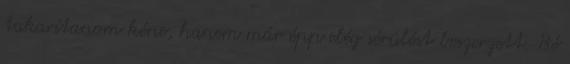
takarítanom kéne, hanem már épp elég sérülést beszerzett. Bé